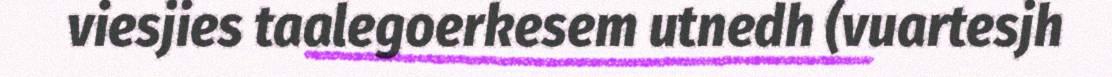
viesjies taalegoerkesem utnedh (vuartesjh